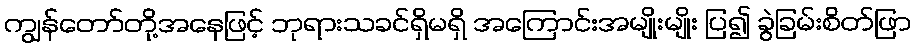
ကျွန်တော်တို့အနေဖြင့် ဘုရားသခင်ရှိမရှိ အကြောင်းအမျိုးမျိုး ပြ၍ ခွဲခြမ်းစိတ်ဖြာ